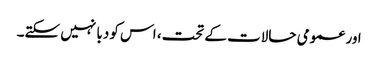
اور عمومی حالات کے تحت، اس کو دبا نہیں سکتے۔